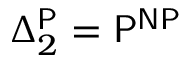
\Delta _ { 2 } ^ { \mathsf { P } } = { \mathsf { P ^ { N P } } }